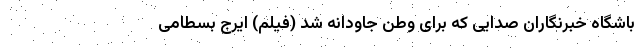
باشگاه خبرنگاران صدایی که برای وطن جاودانه شد (فیلم) ایرج بسطامی